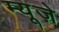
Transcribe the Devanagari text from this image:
म्यूज़े